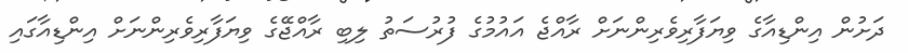
ދަށުން އިންޑިއާގެ ވިޔަފާރިވެރިންނަށް ރާއްޖެ އައުމުގެ ފުރުސަތު ލިބި ރާއްޖޭގެ ވިޔަފާރިވެރިންނަށް އިންޑިއާގައި